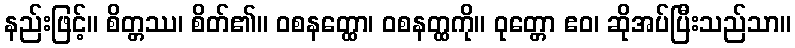
နည်းဖြင့်။ စိတ္တဿ၊ စိတ်၏။ ဝစနတ္ထော၊ ဝစနတ္ထကို။ ဝုတ္တော ဧဝ၊ ဆိုအပ်ပြီးသည်သာ။